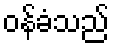
ဝန်ခံသည်